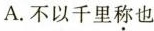
A. 不以千里称也